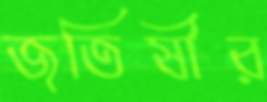
জতিষীর